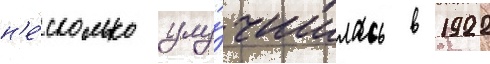
н'е́сколько улу́чшилась в 1922